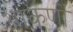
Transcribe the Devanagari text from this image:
आकंणों